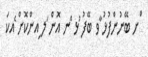
ްށ ބޭނުންފުޅު ާވ ބޭފު ުޅ ްނ އޮން ަލ ިއންކޮށް ެއކަ